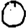
Digit: 0